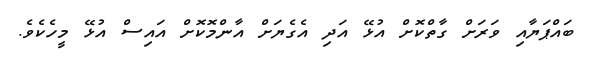
ބައްޕަޔާއި ވަރަށް ގާތްކޮށް އުޅޭ އަދި އެގެޔަށް އާންމޮކޮށް އައިސް އުޅޭ މީހެކެވެ.